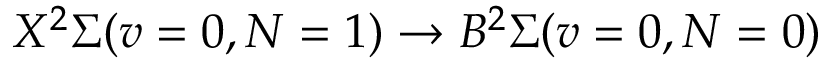
X ^ { 2 } \Sigma ( v = 0 , N = 1 ) \rightarrow B ^ { 2 } \Sigma ( v = 0 , N = 0 )